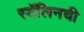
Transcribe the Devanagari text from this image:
स्टॅलिनची